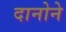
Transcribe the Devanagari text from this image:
दानोने